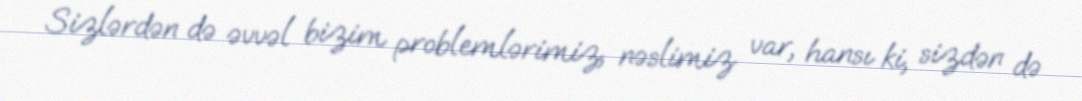
Sizlərdən də əvvəl bizim problemlərimiz, nəslimiz var, hansı ki, sizdən də